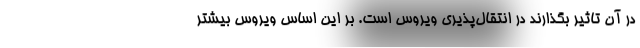
در آن تاثیر بگذارند در انتقال‌پذیری ویروس است. بر این اساس ویروس بیشتر